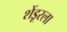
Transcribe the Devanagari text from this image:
शेंडूरला